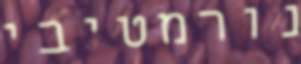
נורמטיבי